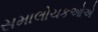
સમાલોચકઓએ